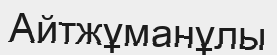
Айтжұманұлы